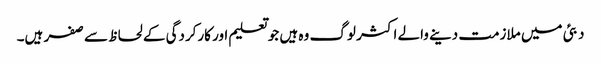
دبئی میں ملازمت دینے والے اکثر لوگ وہ ہیں جو تعلیم اور کارکردگی کے لحاظ سے صفر ہیں۔